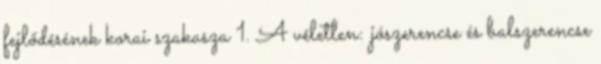
fejlődésének korai szakasza 1. A véletlen: jószerencse és balszerencse